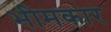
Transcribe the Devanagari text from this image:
भीमकार